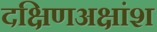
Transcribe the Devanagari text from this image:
दक्षिणअक्षांश